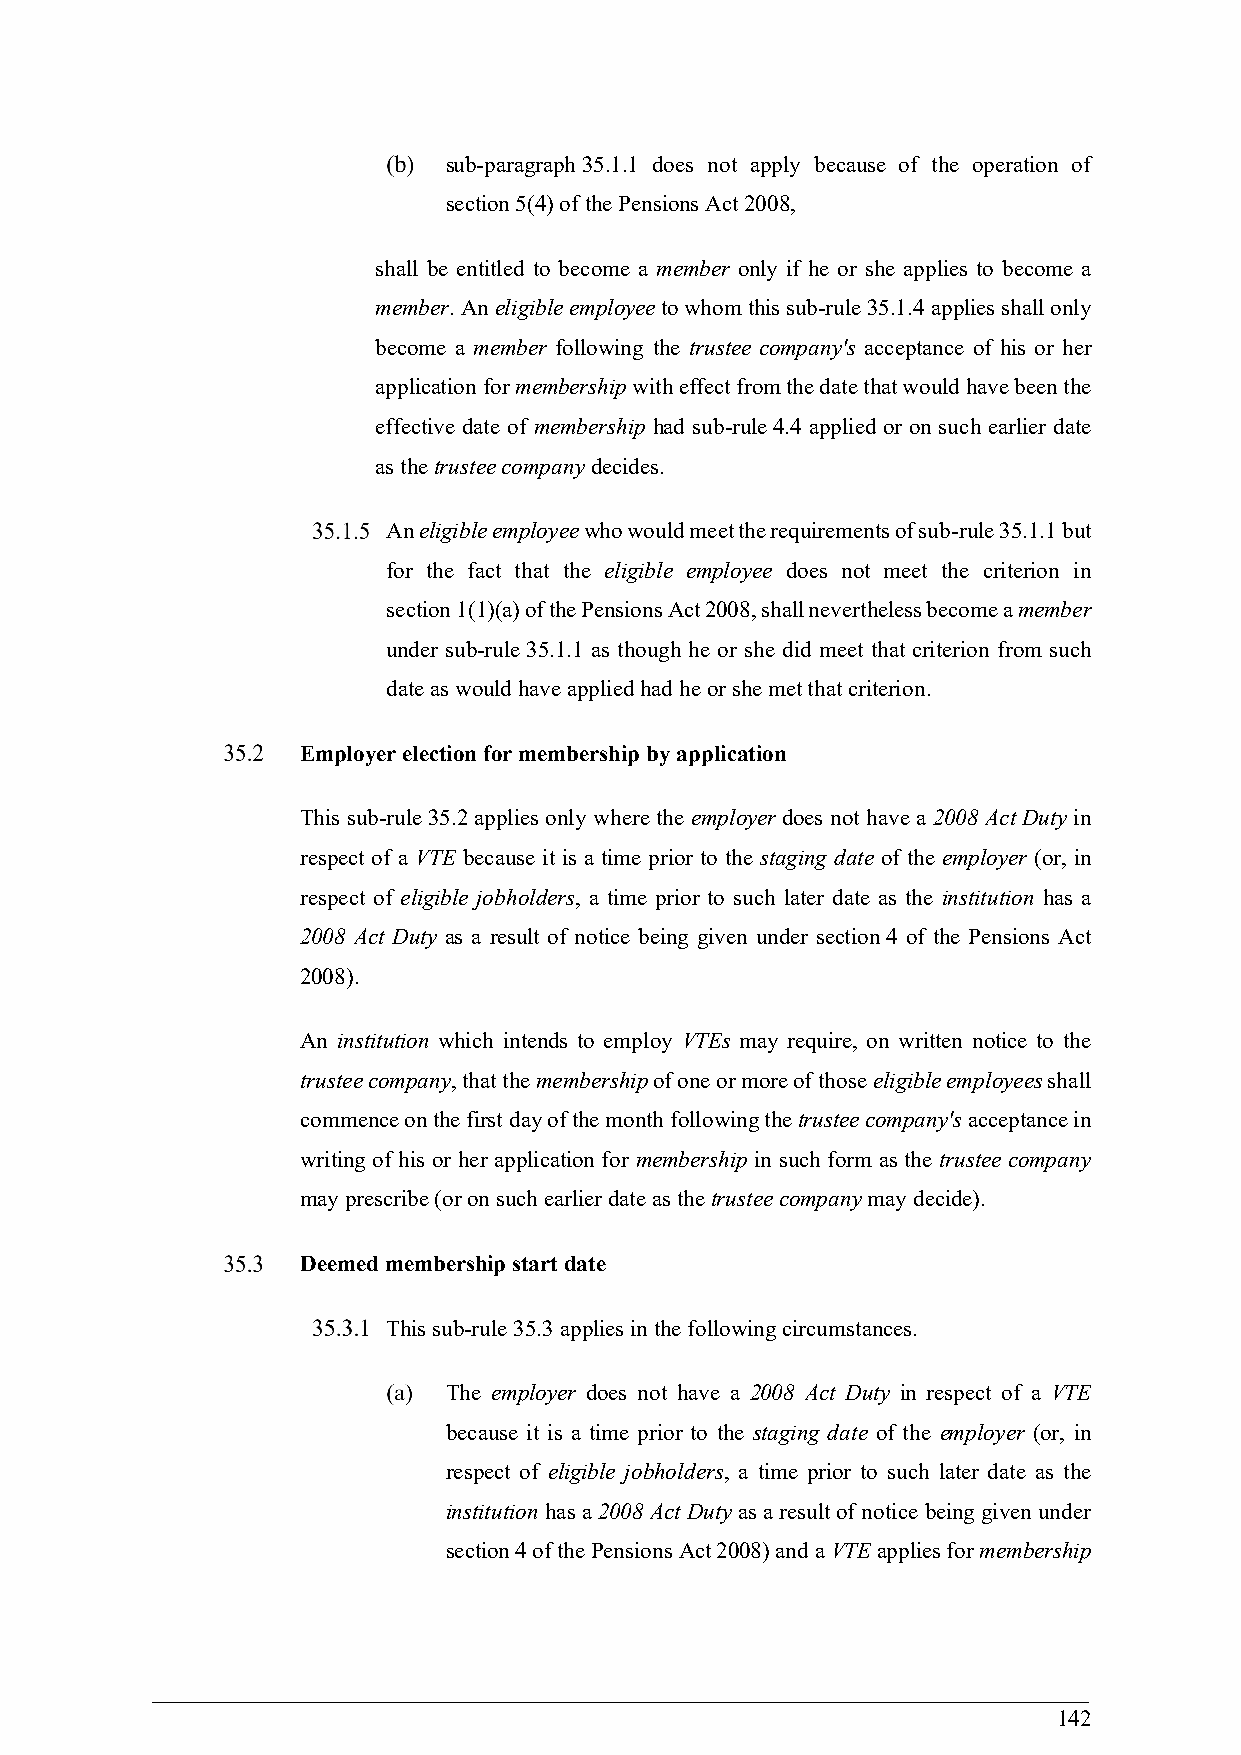
sub-paragraph 35.1.1 does not apply because of the operation of
 section 5(4) of the Pensions Act 2008,
 shall be entitled to become a member only if he or she applies to become a
 member. An eligible employee to whom this sub-rule 35.1.4 applies shall only
 become a member following the trustee company's acceptance of his or her
 application for membership with effect from the date that would have been the
 effective date of membership had sub-rule 4.4 applied or on such earlier date
 as the trustee company decides.
 An eligible employee who would meet the requirements of sub-rule 35.1.1 but
 for the fact that the eligible employee does not meet the criterion in
 section 1(1)(a) of the Pensions Act 2008, shall nevertheless become a member
 under sub-rule 35.1.1 as though he or she did meet that criterion from such
 date as would have applied had he or she met that criterion.
 Employer election for membership by application
 This sub-rule 35.2 applies only where the employer does not have a 2008 Act Duty in
 respect of a VTE because it is a time prior to the staging date of the employer (or, in
 respect of eligible jobholders, a time prior to such later date as the institution has a
 2008 Act Duty as a result of notice being given under section 4 of the Pensions Act
 2008).
 An institution which intends to employ VTEs may require, on written notice to the
 trustee company, that the membership of one or more of those eligible employees shall
 commence on the first day of the month following the trustee company's acceptance in
 writing of his or her application for membership in such form as the trustee company
 may prescribe (or on such earlier date as the trustee company may decide).
 Deemed membership start date
 This sub-rule 35.3 applies in the following circumstances.
 The employer does not have a 2008 Act Duty in respect of a VTE
 because it is a time prior to the staging date of the employer (or, in
 respect of eligible jobholders, a time prior to such later date as the
 institution has a 2008 Act Duty as a result of notice being given under
 section 4 of the Pensions Act 2008) and a VTE applies for membership
 142